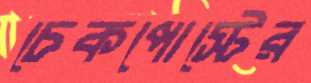
চেকপোস্টের